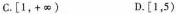
C.[1，+\infty ) D.[1，5)